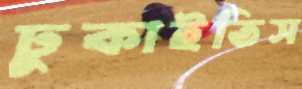
ঢুকাইতিস